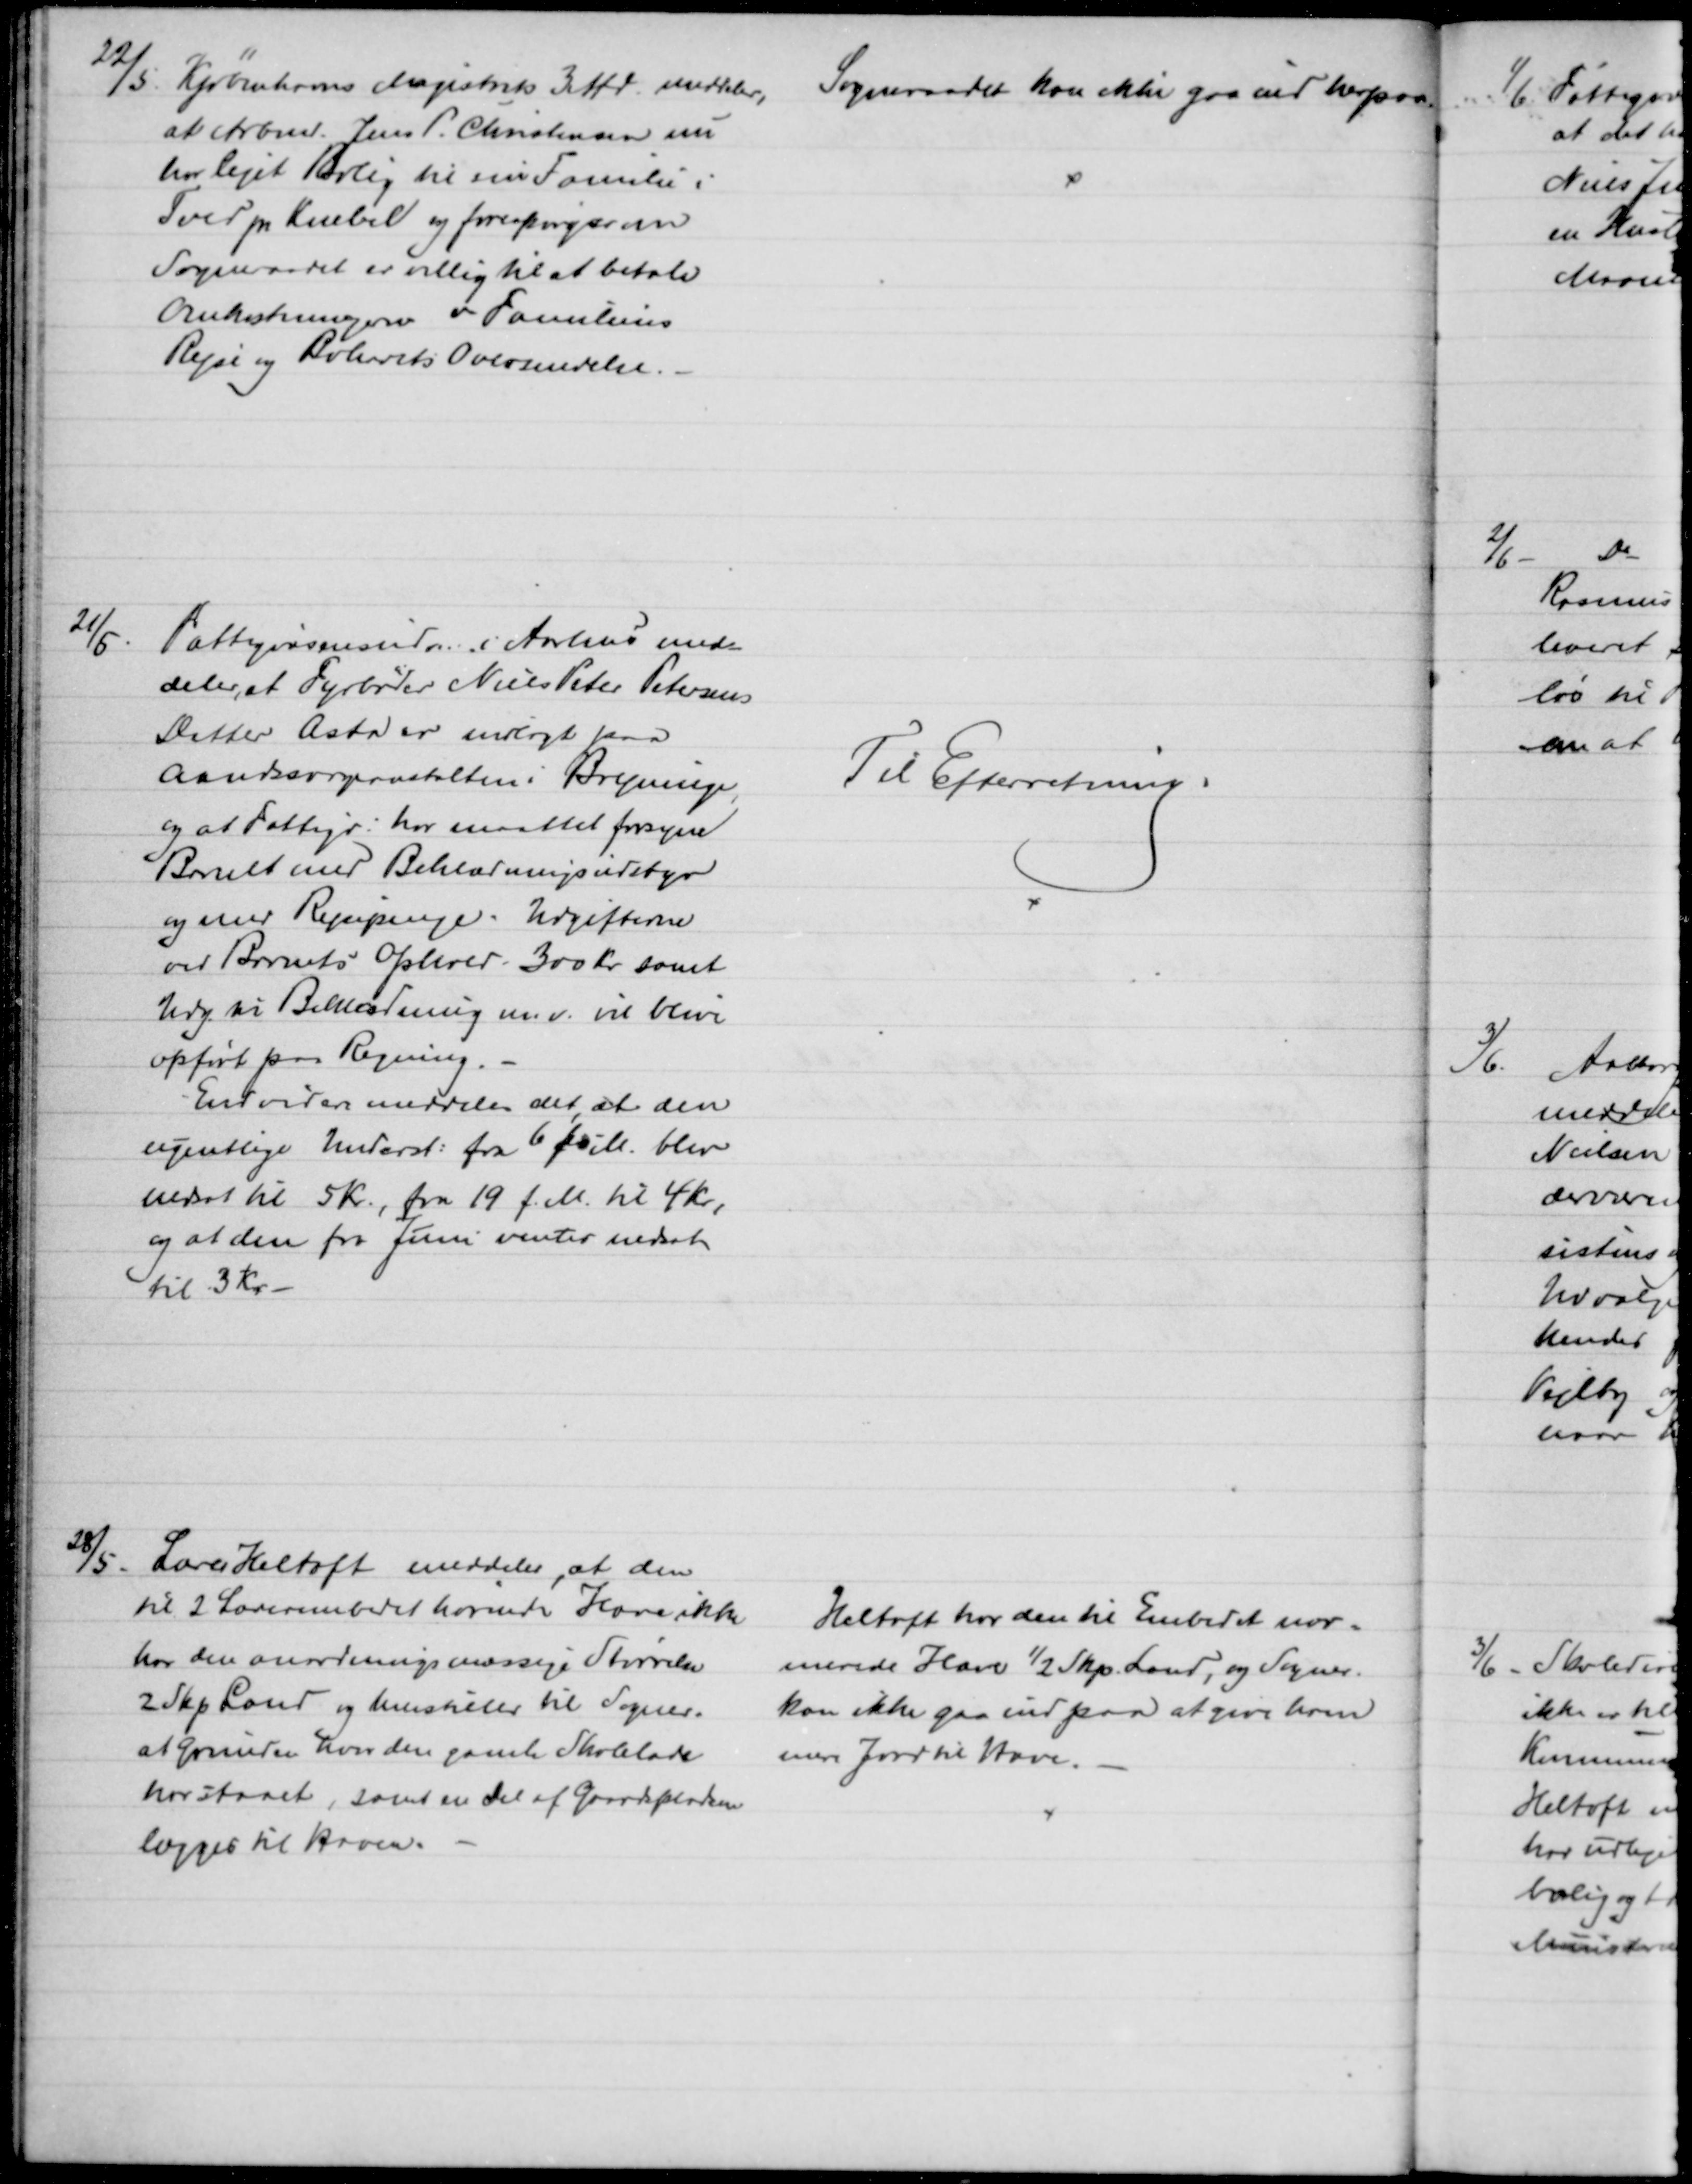
Transskription:
22/5.
Kjøbenhavns Magistrats 3 Afd. meddeler,
at Arbmd. Jens P. Christensen nu
har lejet Bolig til sin Familie i
Tved pr Knebel og forespørger om
Sogneraadet er villig til at betale
Omkostningerne v Familiens
Rejse og Bohavets Oversendelse.
Sogneraadet kan ikke gaa ind herpaa.
21/5.
Fattigvæsensudv. i Aarhus med-
deler, at Fyrbøder Niels Peter Petersens
Datter Asta er indlagt paa
Aandssvageanstalten i Brejninge,
og at Fattigv. har maattet forsyne
Barnet med Beklædningsudstyr
og med Rejsepenge. Udgifterne
ved Barnets Ophold. 300 kr. samt
Udg. til Beklædning m.v. vil blive
opført paa Regning.
Endvidere meddeles det, at den
ugentlige Underst: fra 6 Juli blev
nedsat til 5 Kr., fra 19 f. M. til 4 Kr.,
og at den fra Juni ventes nedsat
til 3 Kr.
Til Efterretning.
28/5.
Lærer Heltoft meddeler, at den
til 2 Lærerembedet hørende Have ikke
har den anordningsmæssige Størrelse
2 Skp Land og henstiller til Sogner.
at Grunden hvor den gamle Skolelade 
har staaet, samt en Del af Gaardspladsen
lægges til Haven.
Heltoft har den til Embedet nor-
merede Have ½ Skp. Land, og Sogner.
kan ikke gaa ind paa at give ham
mere Jord til Have.